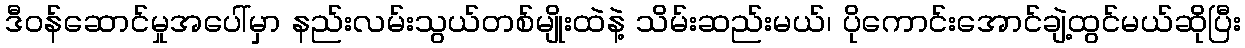
ဒီဝန်ဆောင်မှုအပေါ်မှာ နည်းလမ်းသွယ်တစ်မျိုးထဲနဲ့ သိမ်းဆည်းမယ်၊ ပိုကောင်းအောင်ချဲ့ထွင်မယ်ဆိုပြီး